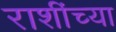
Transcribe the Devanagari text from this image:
राशींच्या